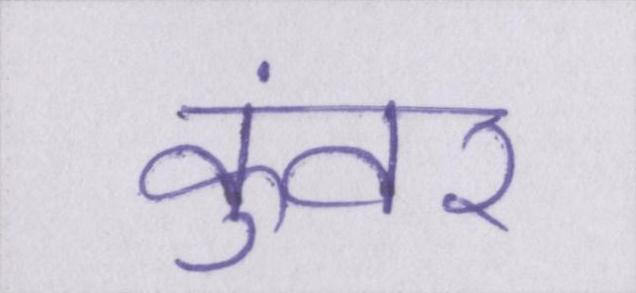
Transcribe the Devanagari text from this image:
कुंवर